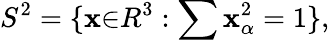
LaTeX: S^{2}=\{ \mathbf{x}{\in}R^{3}:\sum\mathbf{x}_{\alpha}^{2}=1\} ,